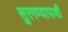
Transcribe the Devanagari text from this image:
सुरगण्यापाशी